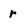
Character: r